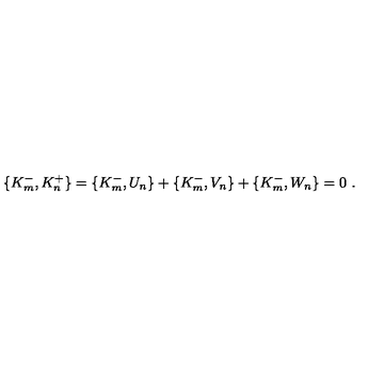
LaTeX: \{ K _ { m } ^ { - } , K _ { n } ^ { + } \} = \{ K _ { m } ^ { - } , U _ { n } \} + \{ K _ { m } ^ { - } , V _ { n } \} + \{ K _ { m } ^ { - } , W _ { n } \} = 0 \ .